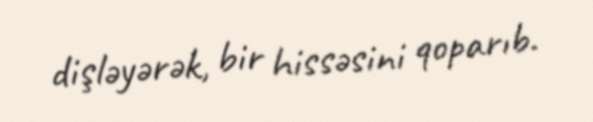
dişləyərək, bir hissəsini qoparıb.